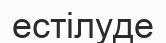
естілуде